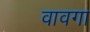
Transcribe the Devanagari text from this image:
वावगा